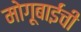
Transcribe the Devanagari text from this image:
मोगूबाईंची